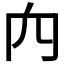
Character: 𥤢